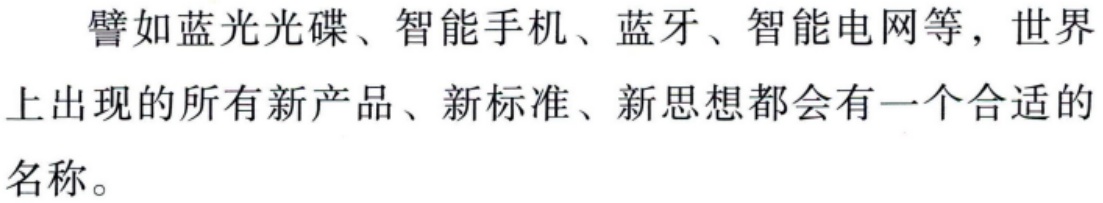
譬如蓝光光碟、智能手机、蓝牙、智能电网等，世界上出现的所有新产品、新标准、新思想都会有一个合适的名称。